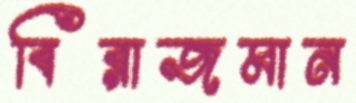
বিরাজমান